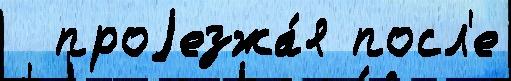
  проjезжа́я посл'е